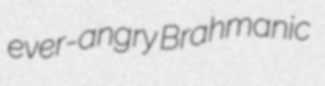
ever-angry Brahmanic